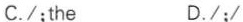
C./;the D./;/